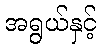
အရွယ်နှင့်